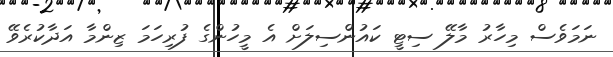
ނަމަވެސް މިހާރު މާލޭ ސިޓީ ކައުންސިލަށް އެ މީހުންގެ ފުރިހަމަ ޒިންމާ އަދާކުރެވޭ